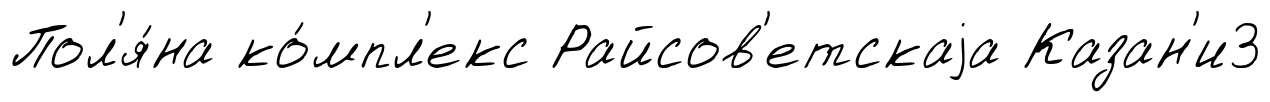
Пол'я́на ко́мпл'екс Райсов'етскаjа Казан'и3